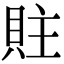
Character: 䝬